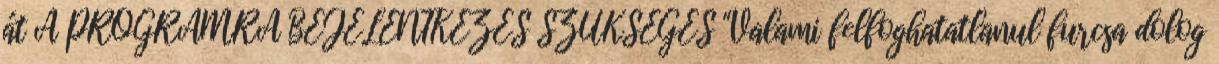
át A PROGRAMRA BEJELENTKEZÉS SZÜKSÉGES "Valami felfoghatatlanul furcsa dolog